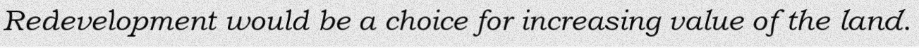
Redevelopment would be a choice for increasing value of the land.